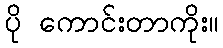
ပို ကောင်းတာကိုး။